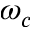
\omega _ { c }